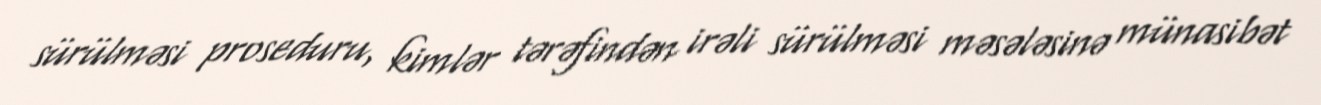
sürülməsi proseduru, kimlər tərəfindən irəli sürülməsi məsələsinə münasibət